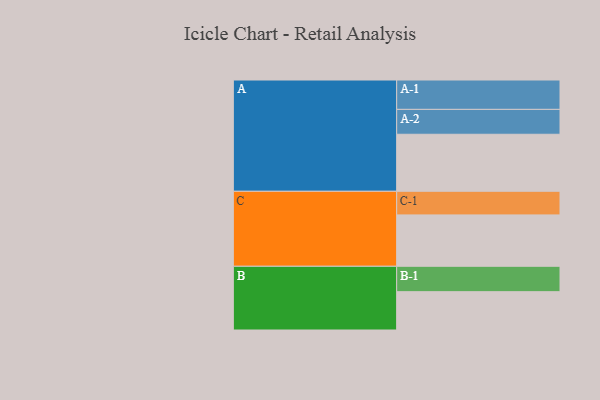
{"axis": {"x": "Segment", "y": "Value"}, "legend": ["", "A", "B", "C"], "data": [{"x": "A", "y": 555, "type": ""}, {"x": "B", "y": 373, "type": ""}, {"x": "C", "y": 500, "type": ""}, {"x": "A-1", "y": 286, "type": "A"}, {"x": "A-2", "y": 242, "type": "A"}, {"x": "B-1", "y": 247, "type": "B"}, {"x": "C-1", "y": 230, "type": "C"}]}